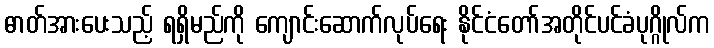
ဓာတ်အားပေးသည့် ရရှိမည်ကို ကျောင်းဆောက်လုပ်ရေး နိုင်ငံတော်အတိုင်ပင်ခံပုဂ္ဂိုလ်က